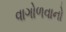
વાગોળવાનો